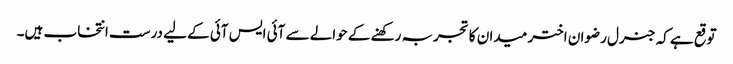
توقع ہے کہ جنرل رضوان اختر میدان کا تجربہ رکھنے کے حوالے سے آئی ایس آئی کے لیے درست انتخاب ہیں۔